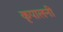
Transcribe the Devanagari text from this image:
कृपालनी